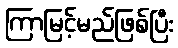
ကြာမြင့်မည်ဖြစ်ပြီး